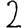
Digit: 2